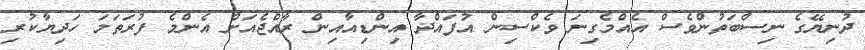
ދުނިޔޭގެ ނިސްބަތުންވެސް އެއްމެގިނަ ވެކްސިން އުފައްދާ އިންޑިއާއިން ރާއްޖެއަށް އެންމެ ފުރަތަމަ ހަދިޔާކުރި